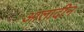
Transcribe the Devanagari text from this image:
आलादीन